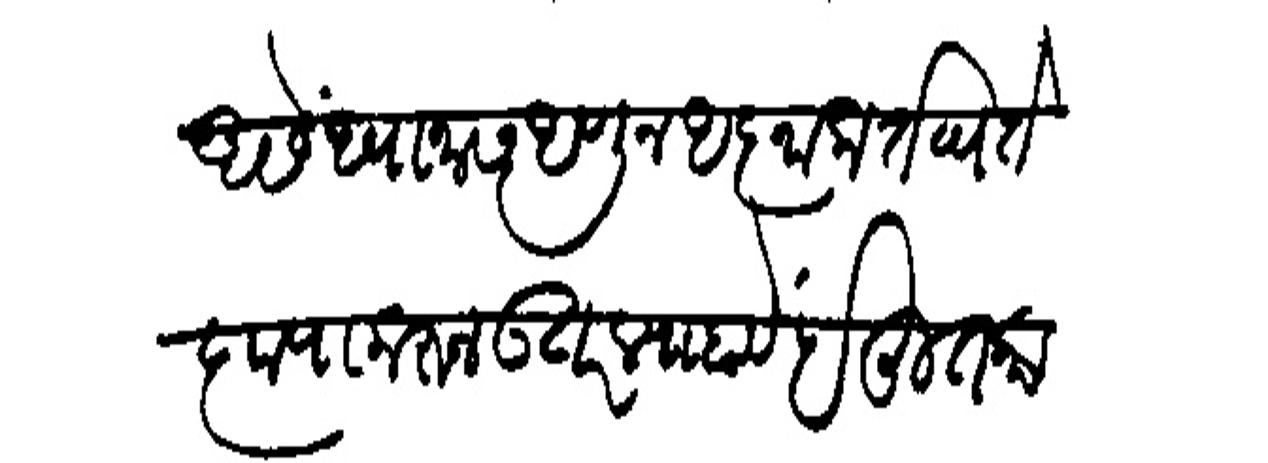
Transliteration (Devanagari): असे ध्यानास अणून अज्ञा करतव्य ते कृपा करून उतर स्याहावें बहुत काये